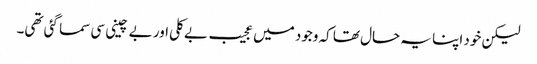
لیکن خود اپنا یہ حال تھا کہ وجود میں عجیب بے کلی اور بے چینی سی سما گئی تھی۔